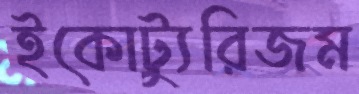
ইকোট্যুরিজম